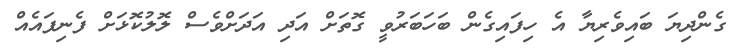
ގެންދިޔަ ބައިވެރިޔާ އެ ހިފައިގެން ބަހަބަރުވީ ގޮތަށް އަދި އަދަށްވެސް ލޮލުކޮޅަށް ފެނިފައެއް